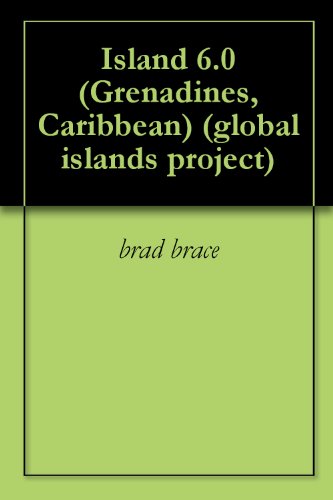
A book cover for Island 6.0 (Grenadines, Caribbean) (global islands project); brad brace; Travel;